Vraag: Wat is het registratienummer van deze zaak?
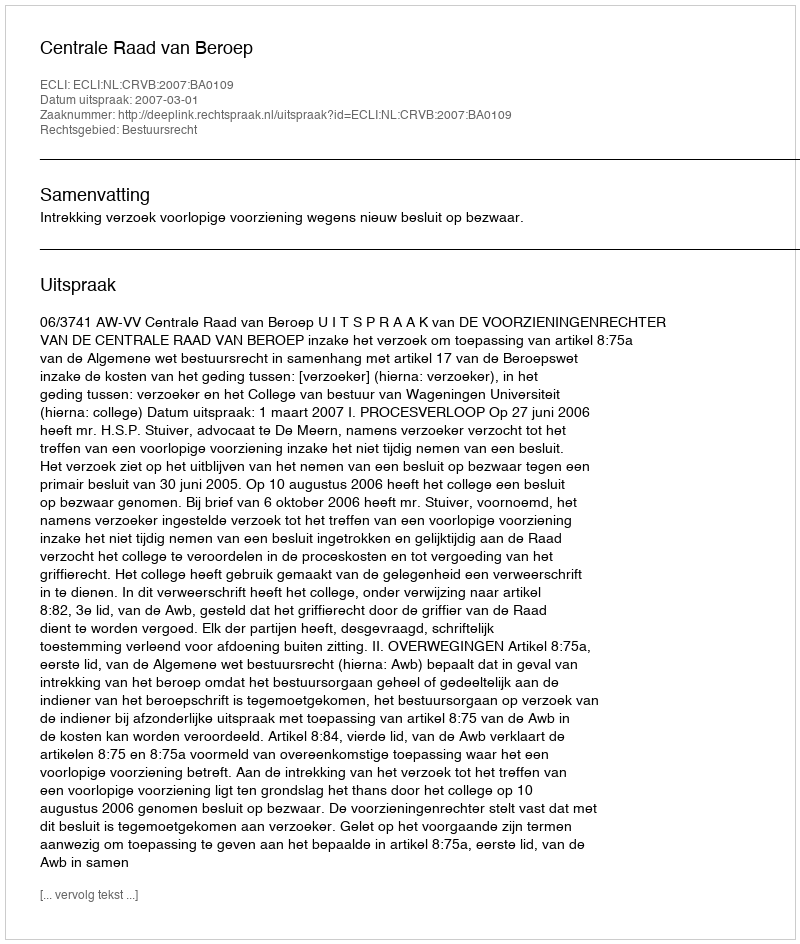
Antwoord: http://deeplink.rechtspraak.nl/uitspraak?id=ECLI:NL:CRVB:2007:BA0109